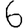
Digit: 6